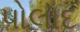
પોલાદ